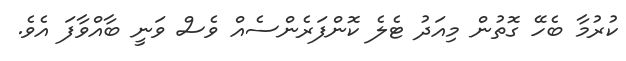
ކުރުމާ ބެހޭ ގޮތުން މިއަދު ޓެލެ ކޮންފަރެންސެއް ވެސް ވަނީ ބާއްވާފަ އެވެ.